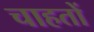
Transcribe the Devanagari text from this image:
चाहतों